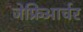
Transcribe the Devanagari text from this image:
जेफ्रिआर्चर